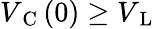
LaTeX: V_{\mathrm{~C~}}(0)\ge V_{\mathrm{~L~}}